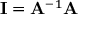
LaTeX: \mathbf { I } = \mathbf { A } ^ { - 1 } \mathbf { A }